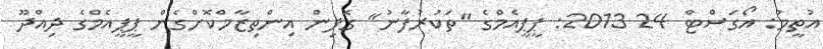
އުތީމު: އޯގަސްޓް 24 2013: ޕީޕީއެމްގެ "ތަކުރުފާނު" ގޮފިން އިންތިޒާމްކޮށްގެން ޕީޕީއެމްގެ ދިއްދޫ